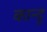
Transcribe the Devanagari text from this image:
कान्दू